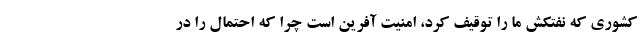
کشوری که نفتکش ما را توقیف کرد، امنیت آفرین است چرا که احتمال را در